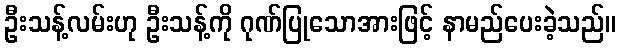
ဦးသန့်လမ်းဟု ဦးသန့်ကို ဂုဏ်ပြုသောအားဖြင့် နာမည်ပေးခဲ့သည်။